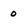
Character: 0